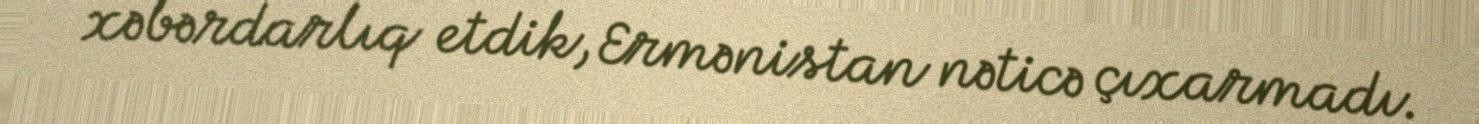
xəbərdarlıq etdik, Ermənistan nəticə çıxarmadı.